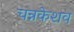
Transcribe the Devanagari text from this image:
चन्नकेशव